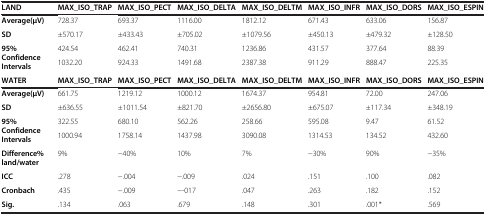
<table><thead><tr><td><b>LAND</b></td><td><b>MAX_ISO_TRAP</b></td><td><b>MAX_ISO_PECT</b></td><td><b>MAX_ISO_DELTA</b></td><td><b>MAX_ISO_DELTM</b></td><td><b>MAX_ISO_INFR</b></td><td><b>MAX_ISO_DORS</b></td><td><b>MAX_ISO_ESPIN</b></td></tr></thead><tbody><tr><td><b>Average(μV)</b></td><td>728.37</td><td>693.37</td><td>1116.00</td><td>1812.12</td><td>671.43</td><td>633.06</td><td>156.87</td></tr><tr><td><b>SD</b></td><td>±570.17</td><td>±433.43</td><td>±705.02</td><td>±1079.56</td><td>±450.13</td><td>±479.32</td><td>±128.50</td></tr><tr><td rowspan="2"><b>95% Confidence Intervals</b></td><td>424.54</td><td>462.41</td><td>740.31</td><td>1236.86</td><td>431.57</td><td>377.64</td><td>88.39</td></tr><tr><td>1032.20</td><td>924.33</td><td>1491.68</td><td>2387.38</td><td>911.29</td><td>888.47</td><td>225.35</td></tr><tr><td><b>WATER</b></td><td><b>MAX_ISO_TRAP</b></td><td><b>MAX_ISO_PECT</b></td><td><b>MAX_ISO_DELTA</b></td><td><b>MAX_ISO_DELTM</b></td><td><b>MAX_ISO_INFR</b></td><td><b>MAX_ISO_DORS</b></td><td><b>MAX_ISO_ESPIN</b></td></tr><tr><td><b>Average(μV)</b></td><td>661.75</td><td>1219.12</td><td>1000.12</td><td>1674.37</td><td>954.81</td><td>72.00</td><td>247.06</td></tr><tr><td><b>SD</b></td><td>±636.55</td><td>±1011.54</td><td>±821.70</td><td>±2656.80</td><td>±675.07</td><td>±117.34</td><td>±348.19</td></tr><tr><td rowspan="2"><b>95% Confidence Intervals</b></td><td>322.55</td><td>680.10</td><td>562.26</td><td>258.66</td><td>595.08</td><td>9.47</td><td>61.52</td></tr><tr><td>1000.94</td><td>1758.14</td><td>1437.98</td><td>3090.08</td><td>1314.53</td><td>134.52</td><td>432.60</td></tr><tr><td><b>Difference% land/water</b></td><td>9%</td><td>−40%</td><td>10%</td><td>7%</td><td>−30%</td><td>90%</td><td>−35%</td></tr><tr><td><b>ICC</b></td><td>.278</td><td>−.004</td><td>−.009</td><td>.024</td><td>.151</td><td>.100</td><td>.082</td></tr><tr><td><b>Cronbach</b></td><td>.435</td><td>−.009</td><td>−-017</td><td>.047</td><td>.263</td><td>.182</td><td>.152</td></tr><tr><td><b>Sig.</b></td><td>.134</td><td>.063</td><td>.679</td><td>.148</td><td>.301</td><td>.001*</td><td>.569</td></tr></tbody></table>